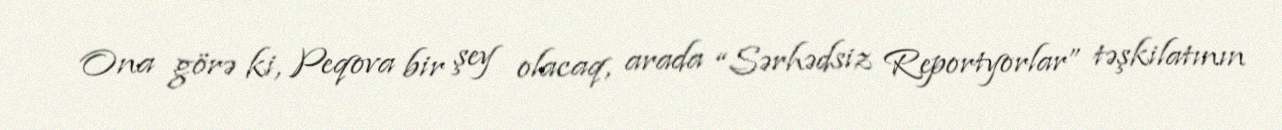
Ona görə ki, Peqova bir şey olacaq, arada “Sərhədsiz Reportyorlar” təşkilatının